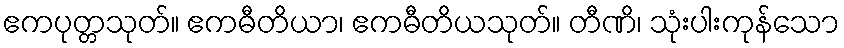
ဧကပုတ္တသုတ်။ ဧကဓီတိယာ၊ ဧကဓီတိယသုတ်။ တီဏိ၊ သုံးပါးကုန်သော